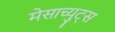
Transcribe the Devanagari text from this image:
मेसाच्युट्स